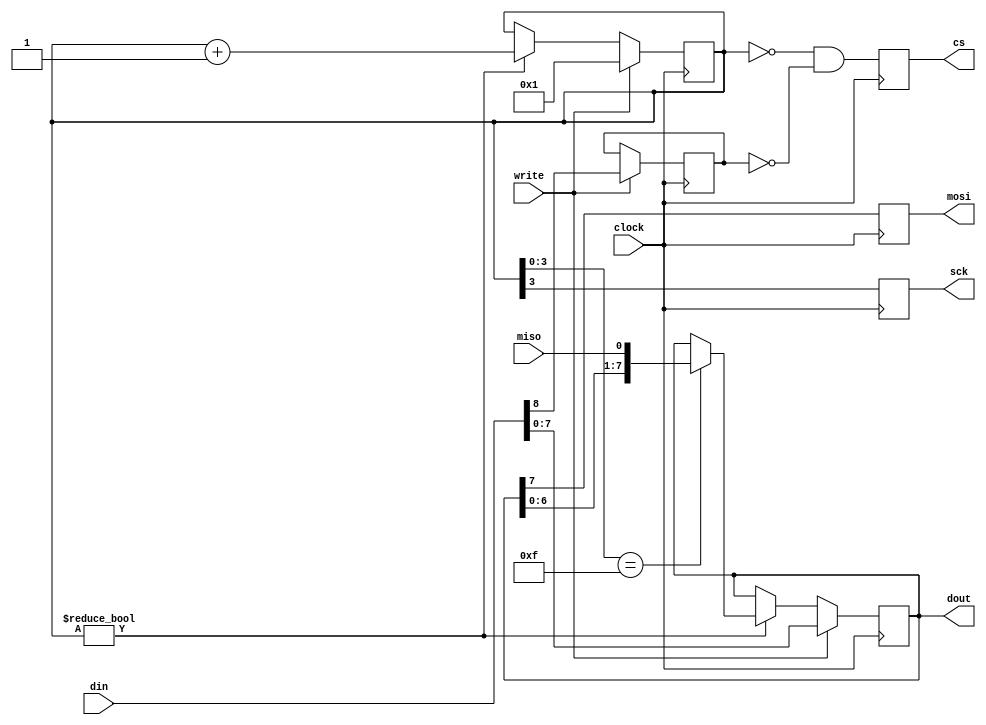
/*
 * PCI Express to FIFO - Configuration flash SPI
 * Copyright (C) 2014 Harmon Instruments, LLC
 *
 * This program is free software: you can redistribute it and/or modify
 * it under the terms of the GNU General Public License as published by
 * the Free Software Foundation, either version 3 of the License, or
 * (at your option) any later version.
 *
 * This program is distributed in the hope that it will be useful,
 * but WITHOUT ANY WARRANTY; without even the implied warranty of
 * MERCHANTABILITY or FITNESS FOR A PARTICULAR PURPOSE.  See the
 * GNU General Public License for more details.
 *
 * You should have received a copy of the GNU General Public License
 * along with this program.  If not, see <http://www.gnu.org/licenses/
 */

`timescale 1ns / 1ps

module spi_8bit_rw
  (
   input 	    clock,
   input 	    write,
   input [8:0] 	    din,
   output reg [7:0] dout = 16'h0,
   output reg 	    cs = 1'b1,
   output reg 	    sck = 1'b0,
   output reg 	    mosi,
   input 	    miso
   );

   reg [6:0] 	    state = 7'h0;
   reg 		    cs_hold = 0;

   always @ (posedge clock)
     begin
	mosi <= dout[7];
	if(write)
	  begin
	     cs_hold <= din[8];
	     dout <= din[7:0];
	     state <= 1'd1;
	  end
	else if(state != 0)
	  begin
	     if(state[3:0] == 15)
	       dout <= {dout[6:0], miso};
	     state <= state + 1'b1;
	  end
	sck <= state[3];
	cs <= (state == 0) && ~cs_hold;
     end

endmodule